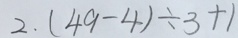
2 . ( 4 9 - 4 ) \div 3 + 1